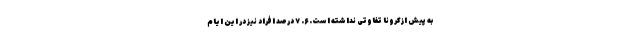
به پیش ازکرونا تفاوتی نداشته است. ۶. ۷ درصد افراد نیز در این ایام